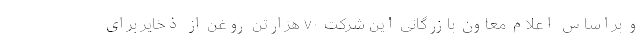
و براساس اعلام معاون بازرگانی این شرکت ۷۰ هزارتن روغن از ذخایر برای